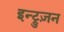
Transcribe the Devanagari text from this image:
इन्ट्रुज़न